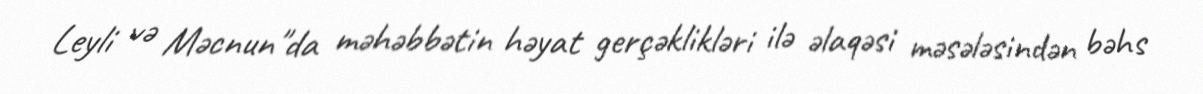
Leyli və Məcnun"da məhəbbətin həyat gerçəklikləri ilə əlaqəsi məsələsindən bəhs